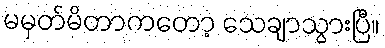
မမှတ်မိတာကတော့ သေချာသွားပြီ။